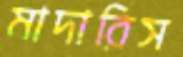
মাদারিস